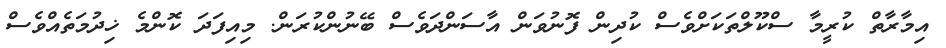
އިމާރާތް ކުރީމާ ސްކޫލްތަކަށްވެސް ކުދިން ފޮނުވަން އާސަންދަވެސް ބޭނުންކުރަން. މިއިފަދަ ކޮންމެ ޚިދުމަތެއްވެސް